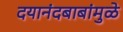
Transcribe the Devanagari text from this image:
दयानंदबाबांमुळे